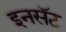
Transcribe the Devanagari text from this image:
इनसॅट